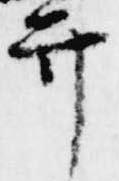
弁